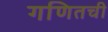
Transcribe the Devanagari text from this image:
गणितची